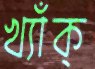
খ্যাঁক্‌